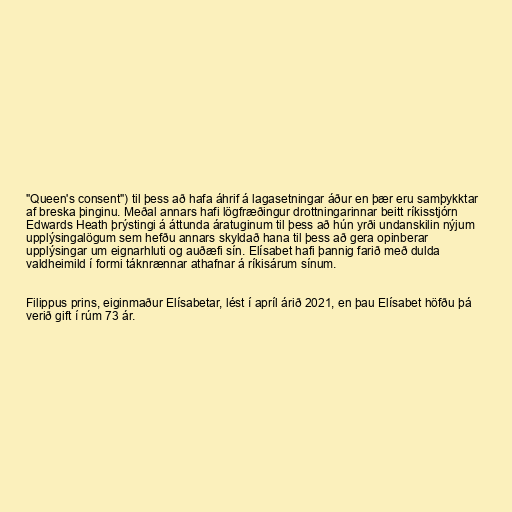
"Queen's consent") til þess að hafa áhrif á lagasetningar áður en þær eru samþykktar
af breska þinginu. Meðal annars hafi lögfræðingur drottningarinnar beitt ríkisstjórn
Edwards Heath þrýstingi á áttunda áratuginum til þess að hún yrði undanskilin nýjum
upplýsingalögum sem hefðu annars skyldað hana til þess að gera opinberar
upplýsingar um eignarhluti og auðæfi sín. Elísabet hafi þannig farið með dulda
valdheimild í formi táknrænnar athafnar á ríkisárum sínum.

Filippus prins, eiginmaður Elísabetar, lést í apríl árið 2021, en þau Elísabet höfðu þá
verið gift í rúm 73 ár.